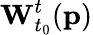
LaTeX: \mathbf{W}_{t_{0}}^{t}(\mathbf{p})